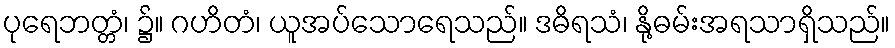
ပုရေဘတ္တံ၊ ၌။ ဂဟိတံ၊ ယူအပ်သောရေသည်။ ဒဓိရသံ၊ နို့ဓမ်းအရသာရှိသည်။